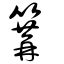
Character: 篝